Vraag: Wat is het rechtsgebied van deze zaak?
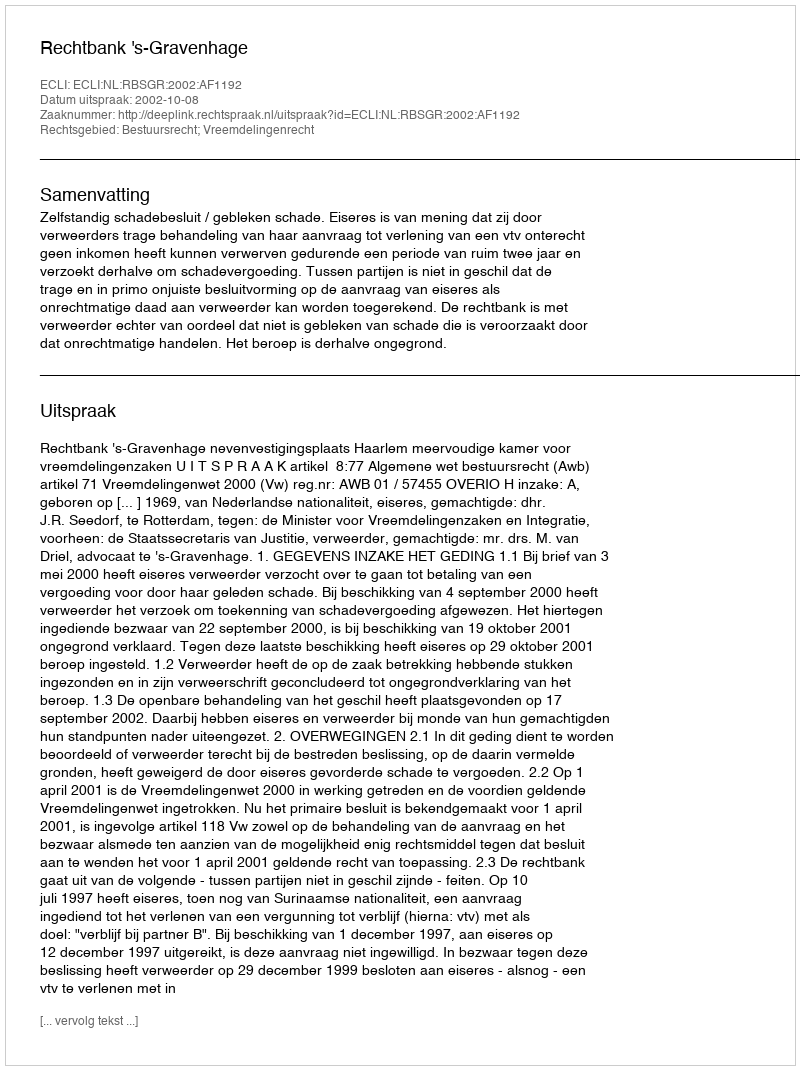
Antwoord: Bestuursrecht; Vreemdelingenrecht